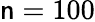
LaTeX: \mathsf{n}=100